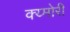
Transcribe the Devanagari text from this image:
क्य्मोरी